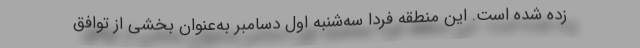
زده شده است. این منطقه فردا سه‌شنبه اول دسامبر به‌عنوان بخشی از توافق